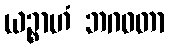
ယဉ္စာဟံ ဘဂဝတာ